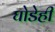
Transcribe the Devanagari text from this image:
घोडेही